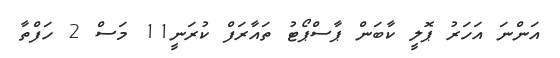
އަންނަ އަހަރު ޕޮލީ ކާބަން ޕާސްޕޯޓު ތައާރަފް ކުރަނީ11 މަސް 2 ހަފްތާ